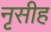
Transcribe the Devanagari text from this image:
नृसीह